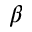
\beta